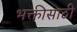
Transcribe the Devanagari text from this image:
भक्तीसाठी